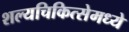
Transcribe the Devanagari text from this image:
शल्यचिकित्सेमध्ये